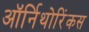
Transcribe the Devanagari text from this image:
ऑर्निथोरिंकस